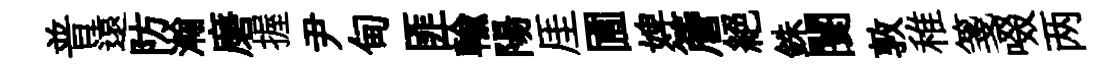
普遠防瀚磨握尹甸匪輸陽厓圃婢簷絕銖闤敦稚箋啜两